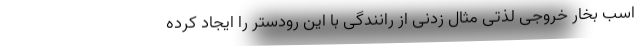
اسب بخار خروجی لذتی مثال زدنی از رانندگی با این رودستر را ایجاد کرده